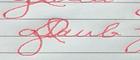
Signature authenticity: forged